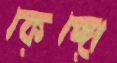
কেঙ্গো